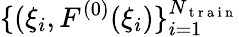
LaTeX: \{ (\xi_{i},F^{(0)}(\xi_{i})\} _{i=1}^{N_{\mathrm{~t~r~a~i~n~}}}